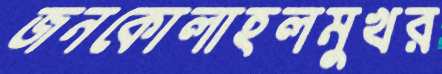
জনকোলাহলমুখর